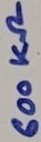
Text: 600KΩ